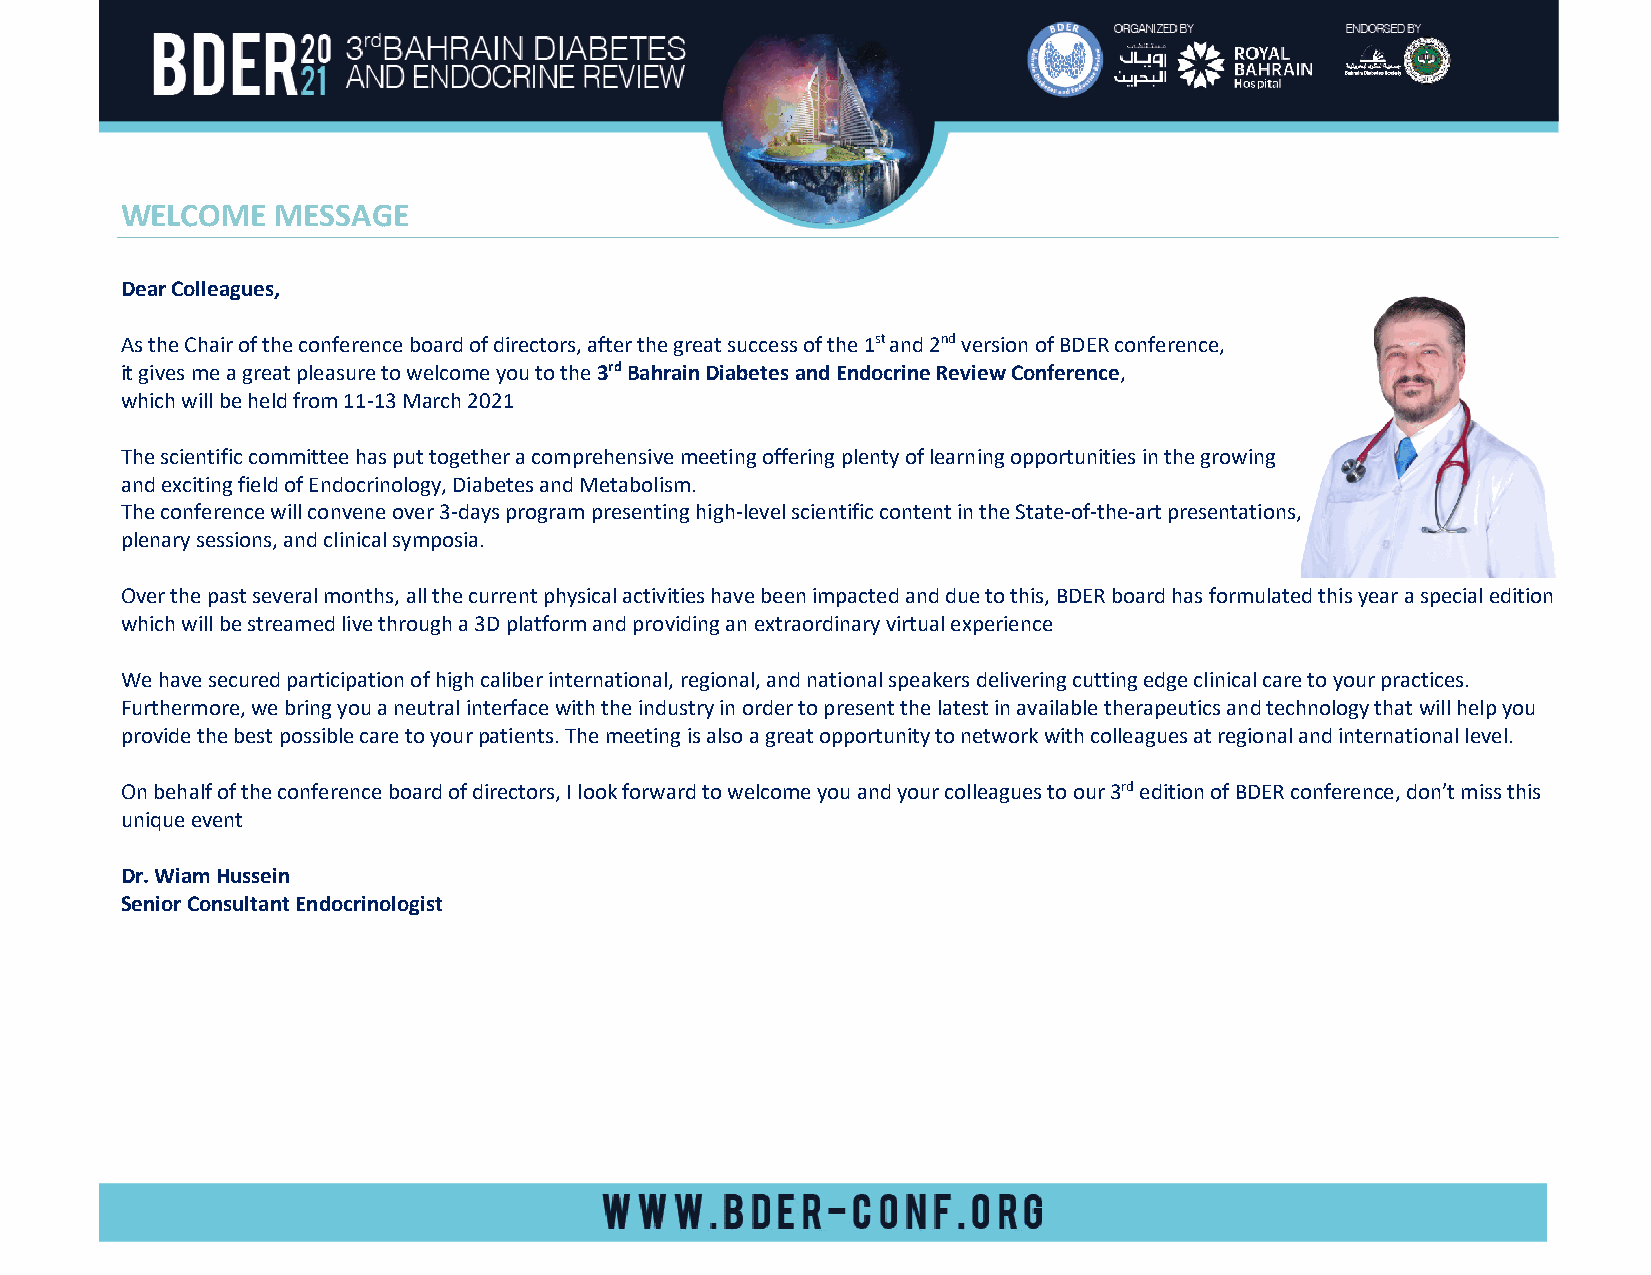
WELCOME   MESSAGE
 Dear Colleagues,
 As the Chair of the conference board of directors, after the great success of the 1st and 2nd version of BDER conference,
 it gives me a great pleasure to welcome you to the 3rd Bahrain Diabetes and Endocrine Review Conference,
 which will be held from 11-13 March 2021
 The scientific committee has put together a comprehensive meeting offering plenty of learning opportunities in the growing
 and exciting field of Endocrinology, Diabetes and Metabolism.
 The conference will convene over 3-days program presenting high-level scientific content in the State-of-the-art presentations,
 plenary sessions, and clinical symposia.
 Over the past several months, all the current physical activities have been impacted and due to this, BDER board has formulated this year a special edition
 which will be streamed live through a 3D platform and providing an extraordinary virtual experience
 We have secured participation of high caliber international, regional, and national speakers delivering cutting edge clinical care to your practices.
 Furthermore, we bring you a neutral interface with the industry in order to present the latest in available therapeutics and technology that will help you
 provide the best possible care to your patients. The meeting is also a great opportunity to network with colleagues at regional and international level.
 On behalf of the conference board of directors, I look forward to welcome you and your colleagues to our 3rd edition of BDER conference, don’t miss this
 unique event
 Dr. Wiam Hussein
 Senior Consultant Endocrinologist